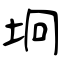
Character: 坰